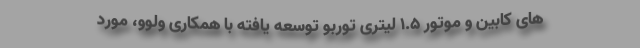
های کابین و موتور 1.5 لیتری توربو توسعه یافته با همکاری ولوو، مورد